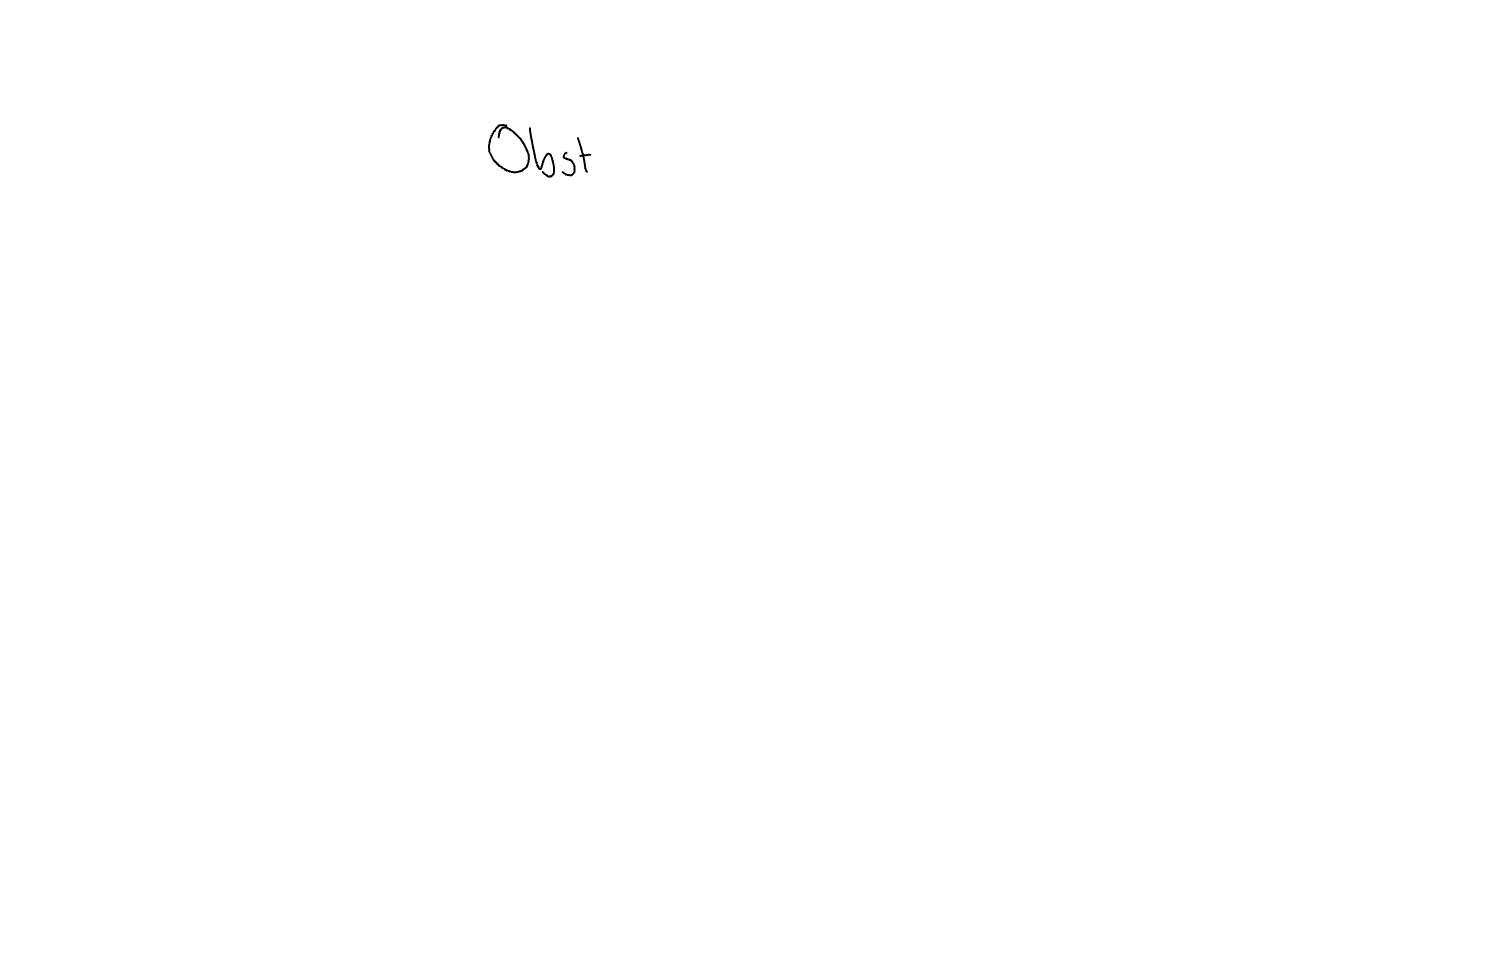
Text: Obst